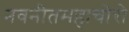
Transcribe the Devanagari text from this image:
नवनीतमहाचोरो